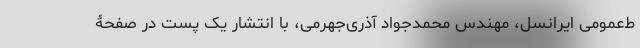
ط‌عمومی ایرانسل، مهندس محمدجواد آذری‌جهرمی، با انتشار یک پست در صفحۀ